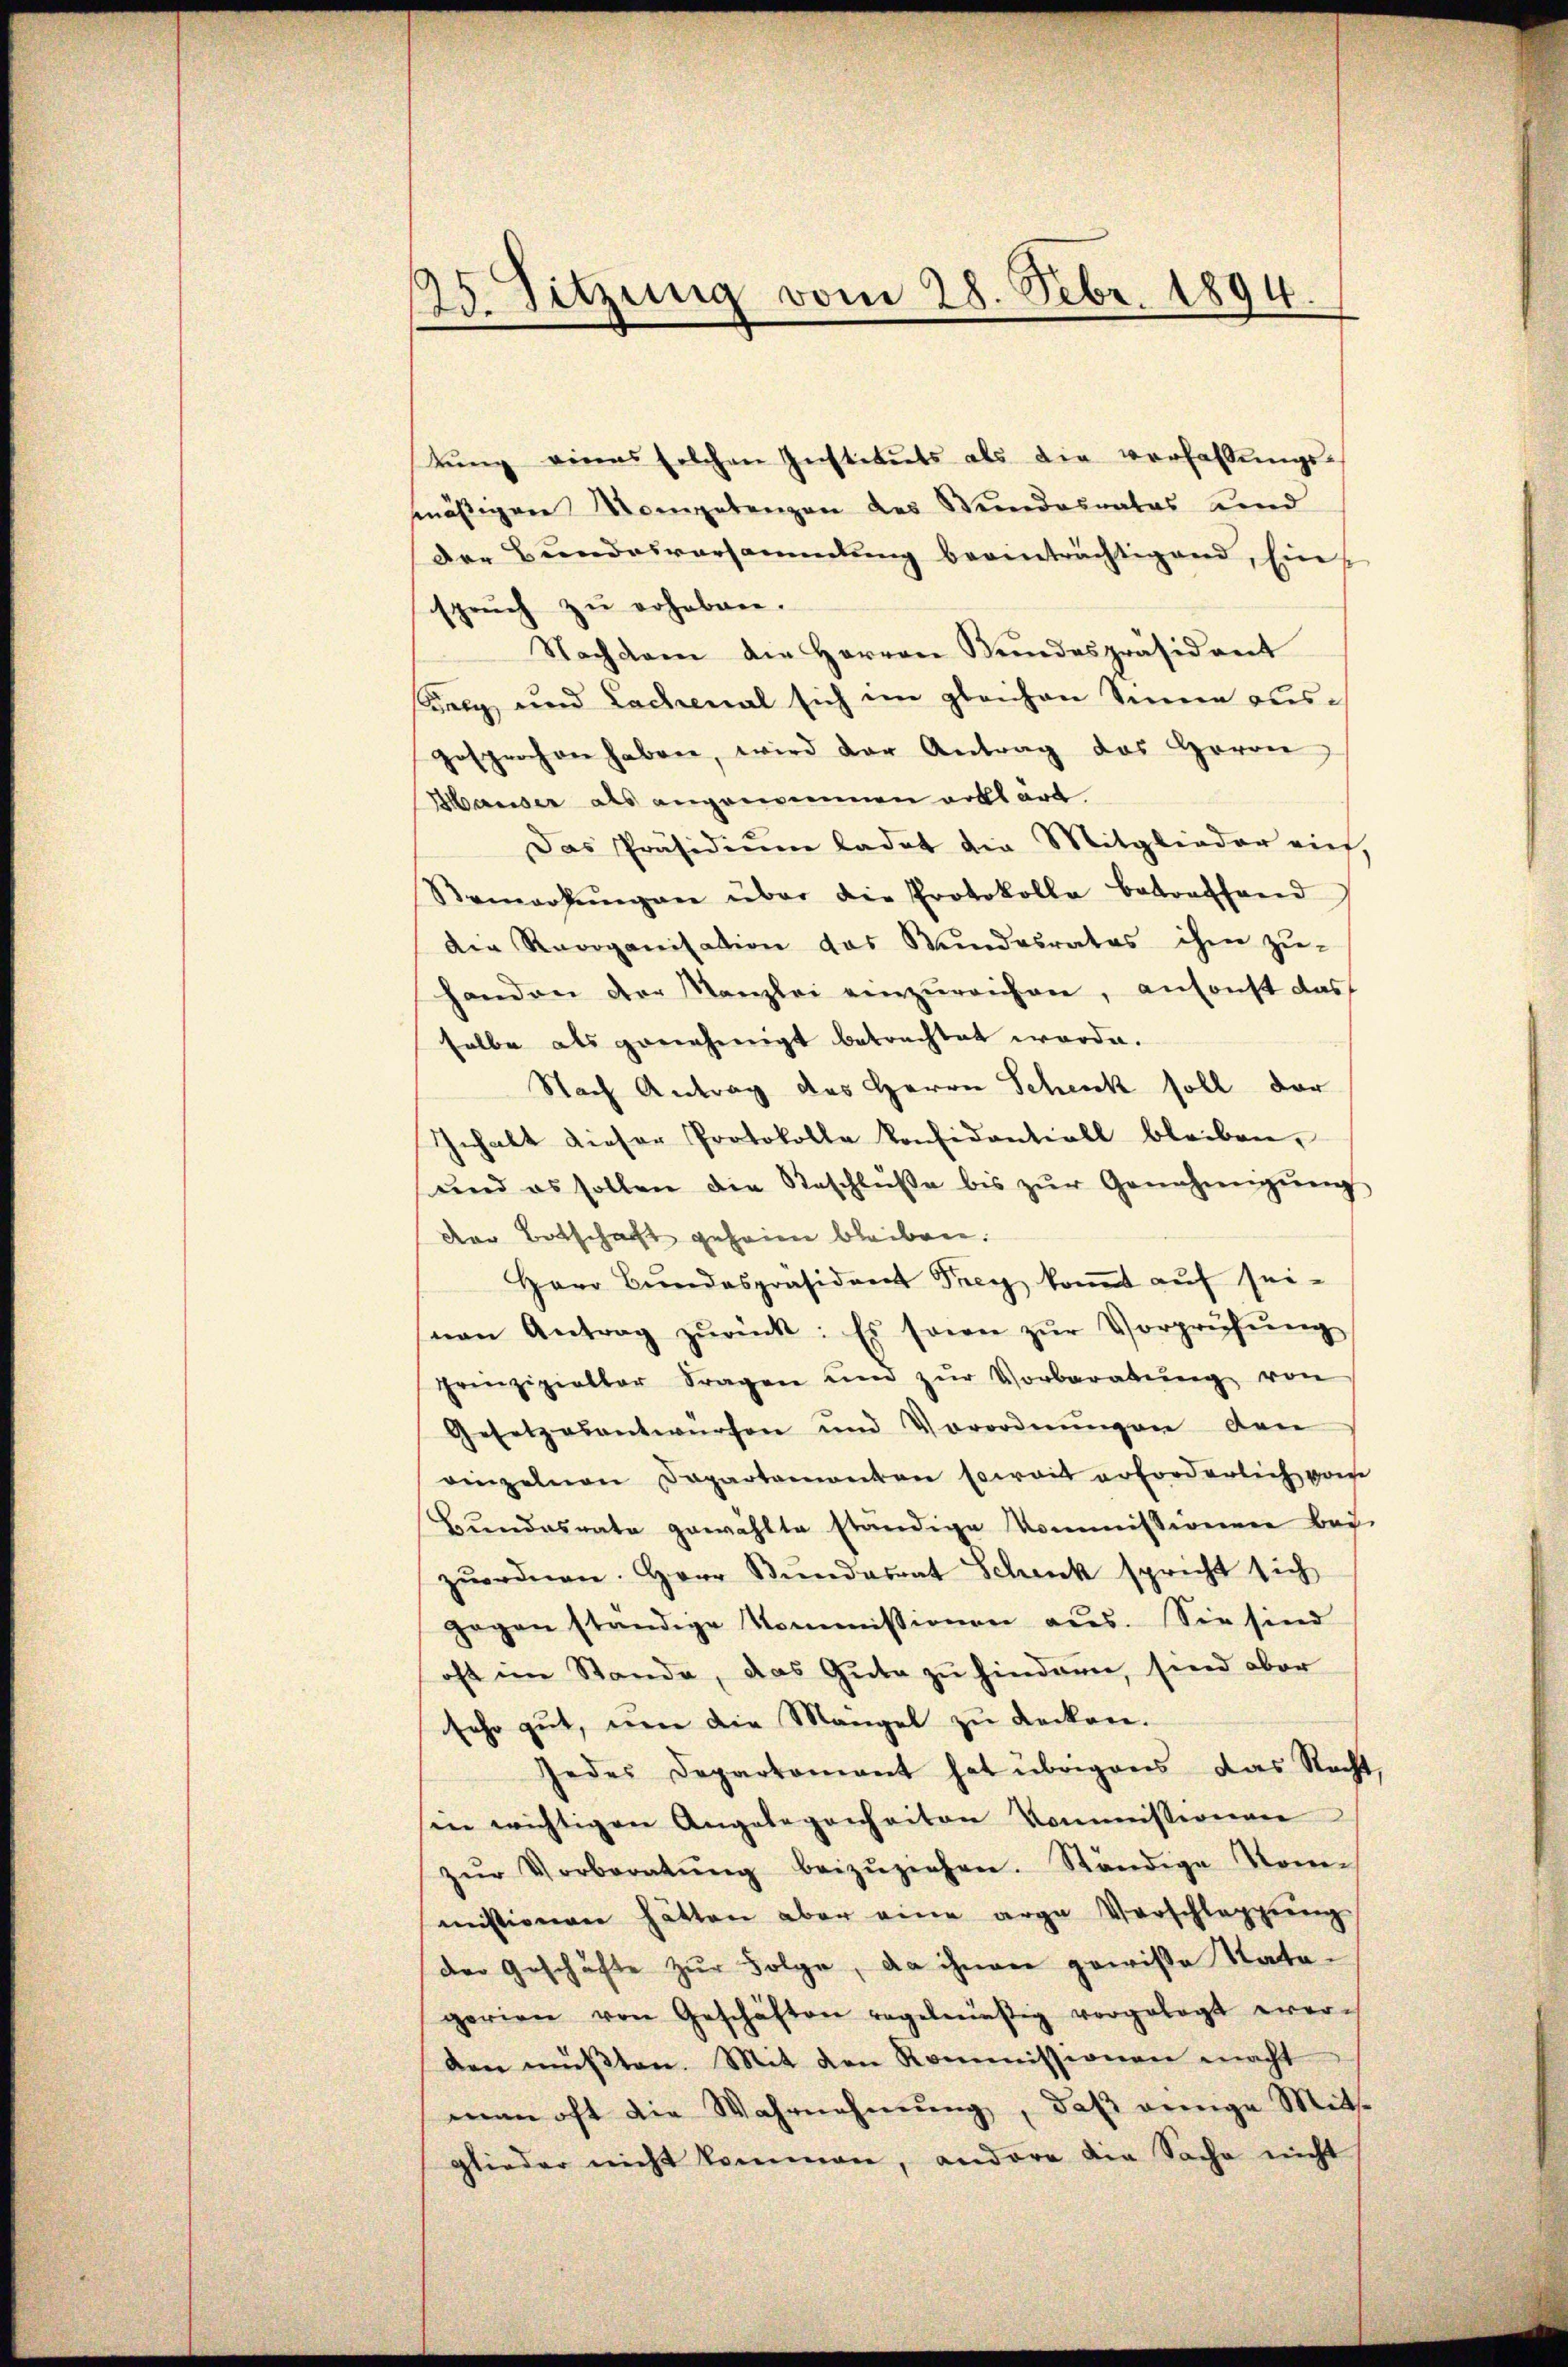
25. Sitzung vom 28. Febr. 1894.

tŭng eines solchen Instituts als die Verhaltŭngs-
mäßigen Kompetenzen des Wundesrates und
der Bundesversammlung beeinträchtigend, Einspruch zu erhaben.
Nachdem die Herren Bŭndespräsident
äney, und Lachenal sich im gleichen Sinne ausgesprochen haben, wird der Antrag des Herrer
Hauser als angenommen erklärt
Das Präsidiŭm ladet die Mitglieder viet,
Semarkŭngen über die Protokolla betrafhand
die Recoganisation das Wundesrates ihm zu-
handen der Kanzlei einzŭreichen, ansonst das
selbe als genehmigt betrachtet werden.
Nach Antrag des Herrn Schenk soll der
Gehalt dieser Protokolle konfidentiell bleiben,
und es sollen die Beschlŭβe bis zŭr Genehmigŭng
der Botschaft geheien bleiben.
Herr Bŭndespräsident Frey koṁt aŭf sei-
nan Antrag zŭrück: Es sowie zŭr Vorprüfŭng
prinzipieller Fragen und zŭr Vorberatŭng von
Gesetzesentwürfen und Vorordnŭngen den
vinzelnen Departamanten soweit erforderlich vom
Bundesrate gewählte ständige Kommissionen bei.
zŭordnen. Herr Bŭndesrat Schenk spricht sich
gegen ständige Kommissionen aŭs. Sie sind
oft im Stande, das Gute zu hindern, sind aber
sehr gut, um die Mangel zu decken.
Jedes Departamant hat übrigens das Recht,
in wichtigen Angelegenheiten Kommissionen
zŭr Vorberatŭng beizŭziehen. Ständige Kom-
missionen hätten aber eine arge Verschläppŭng
der Geschäfte zur Folge, da ihnen gewiße Rata-
gerien von Geschäften regelmässig vorgelegt ever-
den müßten. Mit den Kommissionen macht
man oft die Wahrnehmung, daβ einige Mits
glieder nicht kommen, andere die Sache nicht